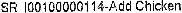
SR I00100000114-ADD CHICKEN